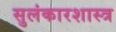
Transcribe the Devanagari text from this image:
सुलंकारशास्त्र